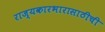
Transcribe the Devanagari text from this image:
राज्यकारभारासाठीची